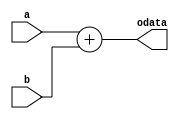
`timescale 1ns / 1ps
//////////////////////////////////////////////////////////////////////////////////
// Company: 
// Engineer: 
// 
// Design Name: 
// Module Name: Add
// Project Name: 
// Target Devices: 
// Tool Versions: 
// Description: 
// 
// Dependencies: 
// 
// Revision:
// Revision 0.01 - File Created
// Additional Comments:
// 
//////////////////////////////////////////////////////////////////////////////////


module Add(
input [31:0]a,b,
output reg[31:0]odata
    );
    reg[32:0]temp;
    always@*begin
     temp={a[31],a}+{b[31],b};
     odata=temp[31:0];
    end
endmodule